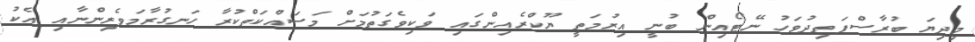
މިދިޔަ ބުރާސްފަތިދުވަހު ނޭޓޯއިން ބުނީ އިރުމަތީ ޔޫކްރެއިންގައި ވަކިވެގަތުމަށް މަސައްކަތްކުރާ ހަނގުރާމަވެރިންނާއި އެކު